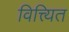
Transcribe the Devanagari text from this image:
वित्त्यित